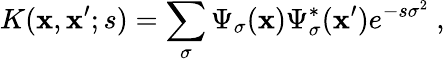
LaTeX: K(\mathbf{x},\mathbf{x}^{\prime};s)=\sum_{\sigma}\Psi_{\sigma}(\mathbf{x})\Psi_{\sigma}^{*}(\mathbf{x}^{\prime})e^{-s\sigma^{2}}\ ,